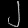
Digit: ၂